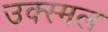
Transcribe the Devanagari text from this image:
उक्स्मल